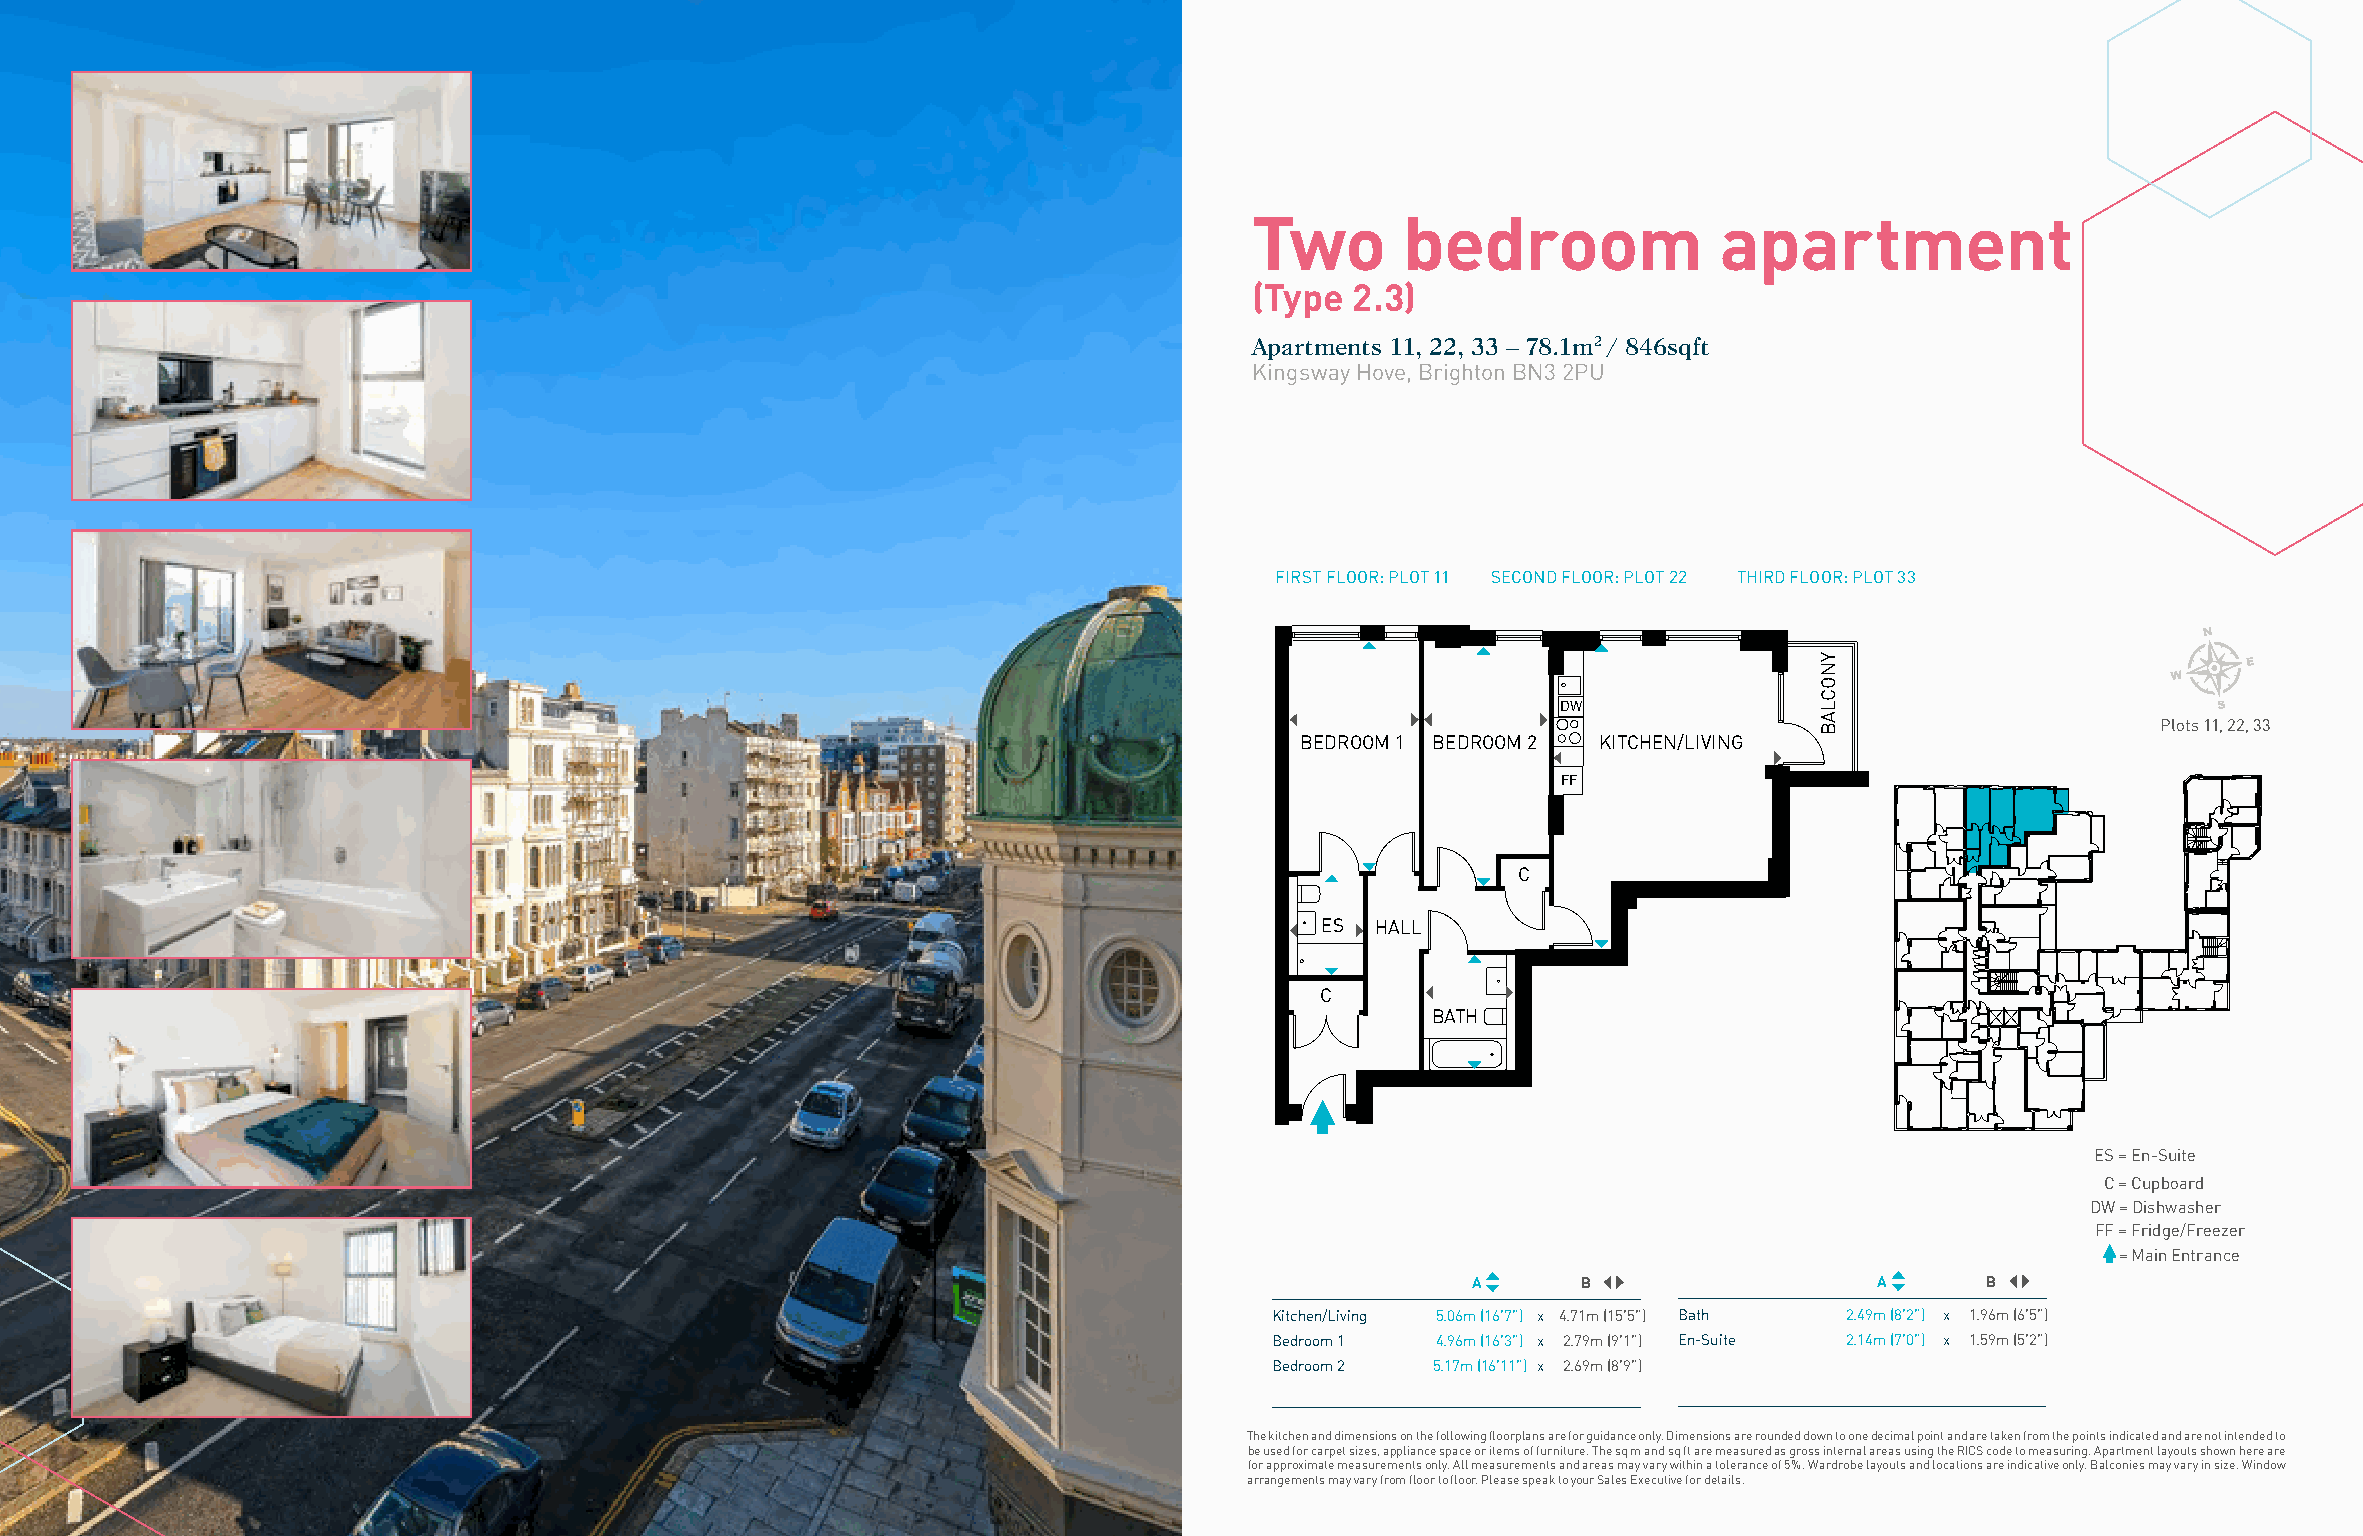
Two       bedroom              apartment
 (Type  2.3)
 Apartments 11, 22, 33 – 78.1m2 / 846sqft
 Kingsway Hove, Brighton BN3 2PU
 FIRST FLOOR: PLOT 11 SECOND FLOOR: PLOT 22 THIRD FLOOR: PLOT 33
 DW
 Plots 11, 22, 33
 BEDROOM 1 BEDROOM 2 KITCHEN/LIVING
 FF
 C
 ES  HALL
 C
 BATH
 ES = En-Suite
 C = Cupboard
 DW = Dishwasher
 FF = Fridge/Freezer
 = Main Entrance
 A       B                  A      B
 Kitchen/Living 5.06m (16’7”) x 4.71m (15’5”) Bath 2.49m (8’2”) x 1.96m (6’5”)
 Bedroom 1  4.96m (16’3”) x 2.79m (9’1”) En-Suite 2.14m (7’0”) x 1.59m (5’2”)
 Bedroom 2  5.17m (16’11”) x 2.69m (8’9”)
 The kitchen and dimensions on the following floorplans are for guidance only. Dimensions are rounded down to one decimal point and are taken from the points indicated and are not intended to
 be used for carpet sizes, appliance space or items of furniture. The sq m and sq ft are measured as gross internal areas using the RICS code to measuring. Apartment layouts shown here are
 for approximate measurements only. All measurements and areas may vary within a tolerance of 5%. Wardrobe layouts and locations are indicative only. Balconies may vary in size. Window
 arrangements may vary from floor to floor. Please speak to your Sales Executive for details.
 YNOCLAB